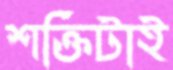
শক্তিটাই